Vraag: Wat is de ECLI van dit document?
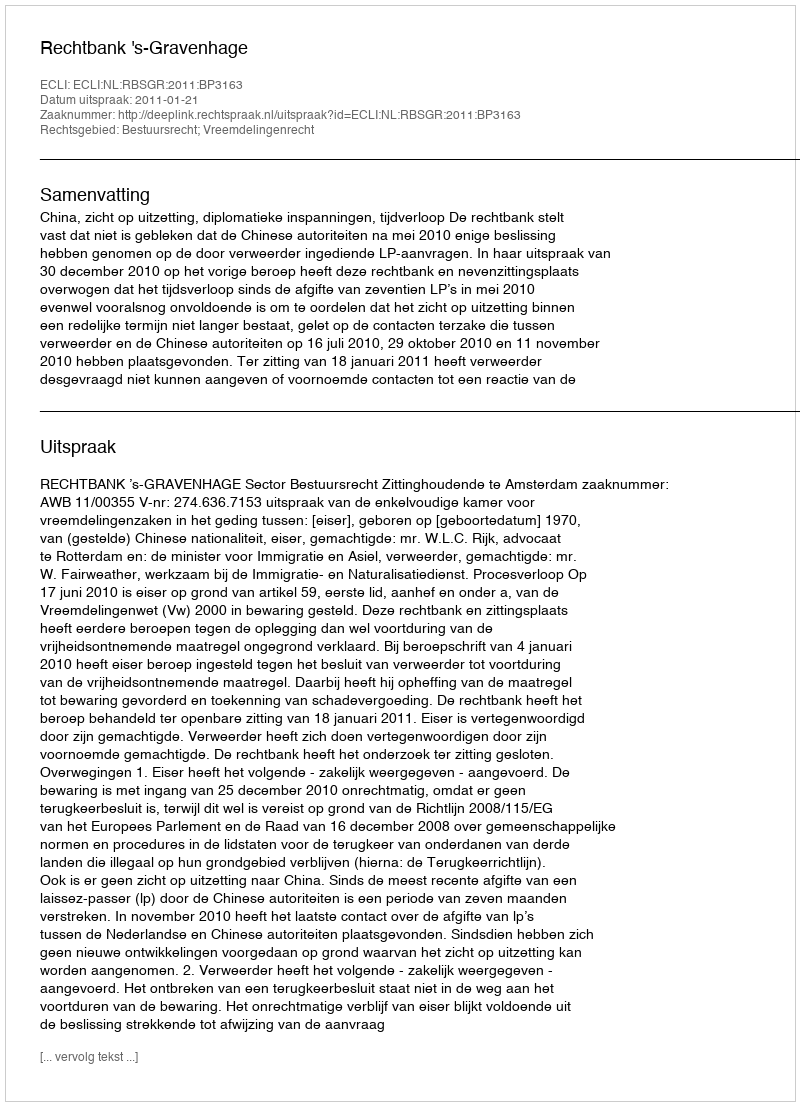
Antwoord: ECLI:NL:RBSGR:2011:BP3163